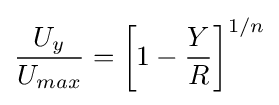
{\frac {U_{y}}{U_{max}}}=\left[1-{\frac {Y}{R}}\right]^{1/n}